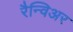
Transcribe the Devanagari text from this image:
रैन्विअर